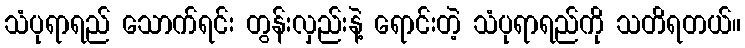
သံပုရာရည် သောက်ရင်း တွန်းလှည်းနဲ့ ရောင်းတဲ့ သံပုရာရည်ကို သတိရတယ်။